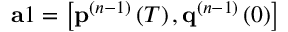
\mathbf { a } 1 = \left[ \mathbf { p } ^ { ( n - 1 ) } \left( T \right) , \mathbf { q } ^ { ( n - 1 ) } \left( 0 \right) \right]